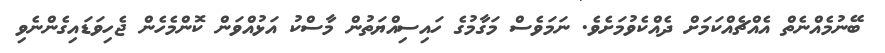
ބޭނުމެއްނެތް އެއްޗެއްކަމަށް ދެއްކެވުމަށެވެ. ނަމަވެސް މަގާމުގެ ހައިސިއްޔަތުން މާސްކު އަޅުއްވަން ކޮންމެހެން ޖެހިވަޑައިގެންނެވި